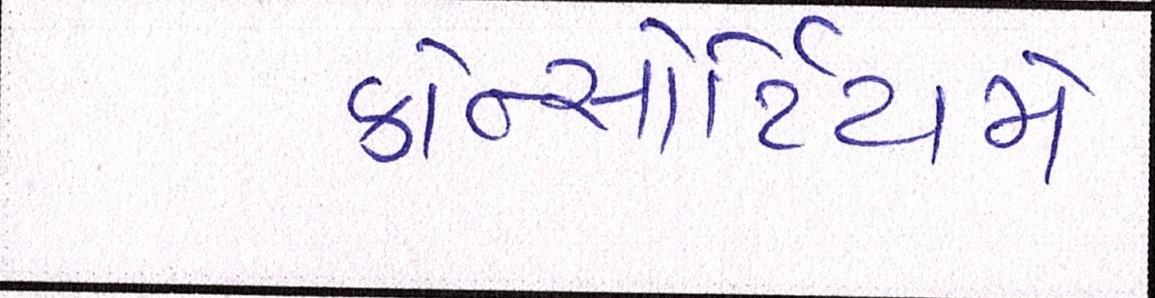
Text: કોન્સોર્ટિયમે